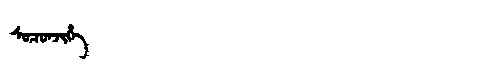
Manchu: ᠰᡠᠴᡠᠨᠵᡳᡥᡝ
Romanization: SUCUNJIHE